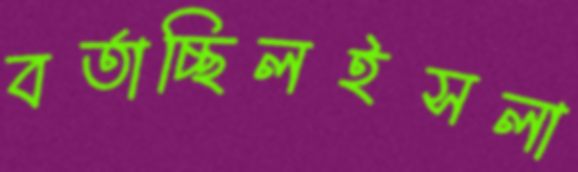
বর্তাচ্ছিলইসলা